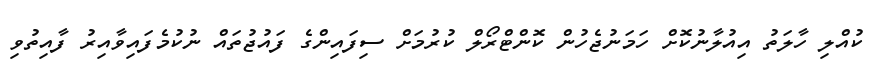
ކުއްލި ހާލަތު އިއުލާނުކޮށް ހަމަނުޖެހުން ކޮންޓްރޯލް ކުރުމަށް ސިފައިންގެ ފައުޖުތައް ނުކުމެފައިވާއިރު ފާއިތުވި